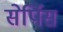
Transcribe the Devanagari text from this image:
सेर्पिस